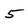
Character: 5